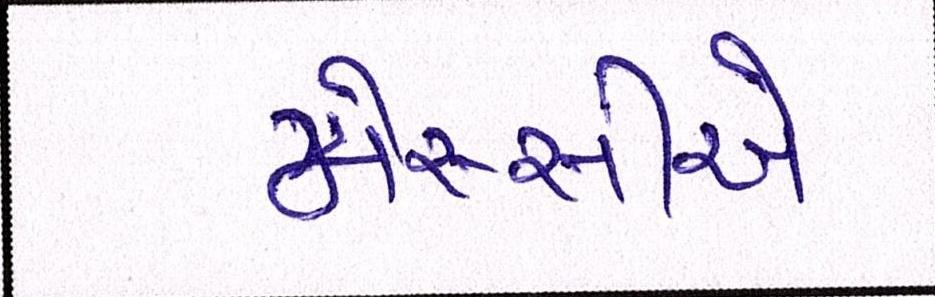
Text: મેસ્સીએ